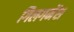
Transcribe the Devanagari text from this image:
गिलगमेंश